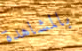
بالمشاهدة